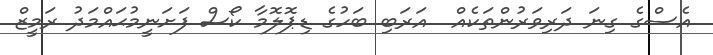
އެސްގެ ގިނަ ދަރިވަރުންތަކެއް  އަރަބި ބަހުގެ ޑިޕޮލޮމާ ކޯސް ފަށަނީމުޙައްމަދު ރަމީޒް